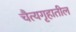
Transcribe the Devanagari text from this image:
चैत्यगृहातील